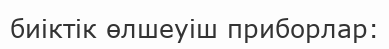
биіктік өлшеуіш приборлар: